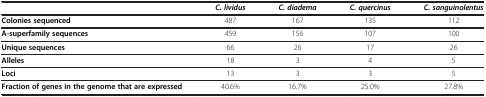
<table><thead><tr><td><b> </b></td><td><b><i>C. lividus</i></b></td><td><b><i>C. diadema</i></b></td><td><b><i>C. quercinus</i></b></td><td><b><i>C. sanguinolentus</i></b></td></tr></thead><tbody><tr><td><b>Colonies sequenced</b></td><td>487</td><td>167</td><td>135</td><td>112</td></tr><tr><td><b>A-superfamily sequences</b></td><td>459</td><td>156</td><td>107</td><td>100</td></tr><tr><td><b>Unique sequences</b></td><td>66</td><td>26</td><td>17</td><td>26</td></tr><tr><td><b>Alleles</b></td><td>18</td><td>3</td><td>4</td><td>5</td></tr><tr><td><b>Loci</b></td><td>13</td><td>3</td><td>3</td><td>5</td></tr><tr><td><b>Fraction of genes in the genome that are expressed</b></td><td>40.6%</td><td>16.7%</td><td>25.0%</td><td>27.8%</td></tr></tbody></table>